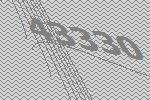
43330